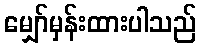
မျှော်မှန်းထားပါသည်